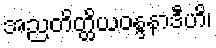
အညတိတ္ထိယဝန္ဒနာဒီဟိ၊